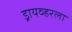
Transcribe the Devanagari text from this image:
ड्रायव्हरला